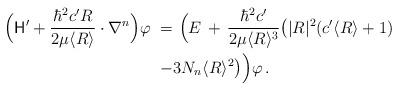
LaTeX: \begin{align*}\Bigl(\mathsf{H}' + \frac{\hbar^2c'R}{2\mu\langle R\rangle}\cdot{\bf \nabla}^n\Bigr)\varphi\ =&\ \Bigl(E\, +\, \frac{\hbar^2c'}{2\mu\langle R\rangle^3}\bigl(|R|^2(c'\langle R\rangle +1)\\ -& 3N_n\langle R\rangle^2\bigr)\Bigr)\varphi\, .\end{align*}